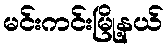
မင်းကင်းမြို့နယ်